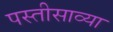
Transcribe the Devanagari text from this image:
पस्तीसाव्या